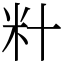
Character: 籵